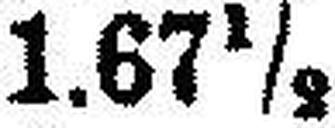
1.67½